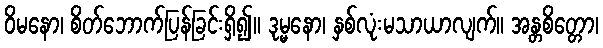
ဝိမနော၊ စိတ်ဘောက်ပြန်ခြင်းရှိ၍။ ဒုမ္မနော၊ နှစ်လုံးမသာယာလျက်။ အန္တစိတ္တော၊